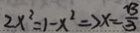
2 x ^ { 2 } = 1 - x ^ { 2 } \Rightarrow x - \frac { \sqrt { 3 } } { 3 }